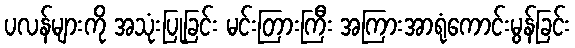
ပလန်များကို အသုံးပြုခြင်း မင်းတြားကြီး အကြားအာရုံကောင်းမွန်ခြင်း